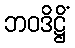
ဘဝဒိဋ္ဌိံ